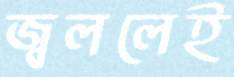
জ্বললেই